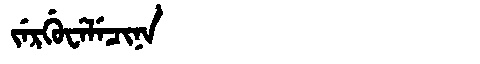
Manchu: ᠵᡝᡵᡤᡠᠸᡝᠯᡝᠴᡳᠨᠠ
Romanization: JERGUWELECINA